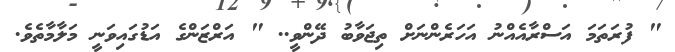
" ފުރަތަމަ އަސްރާއެއްނު އަހަރެންނަށް ތިޖަވާބު ދޭންވީ.. " އަރްޒަންގެ އަޑުގައިވަނީ މަލާމާތެވެ.